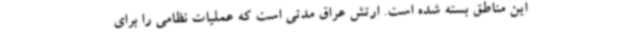
این مناطق بسته شده است. ارتش عراق مدتی است که عملیات نظامی را برای